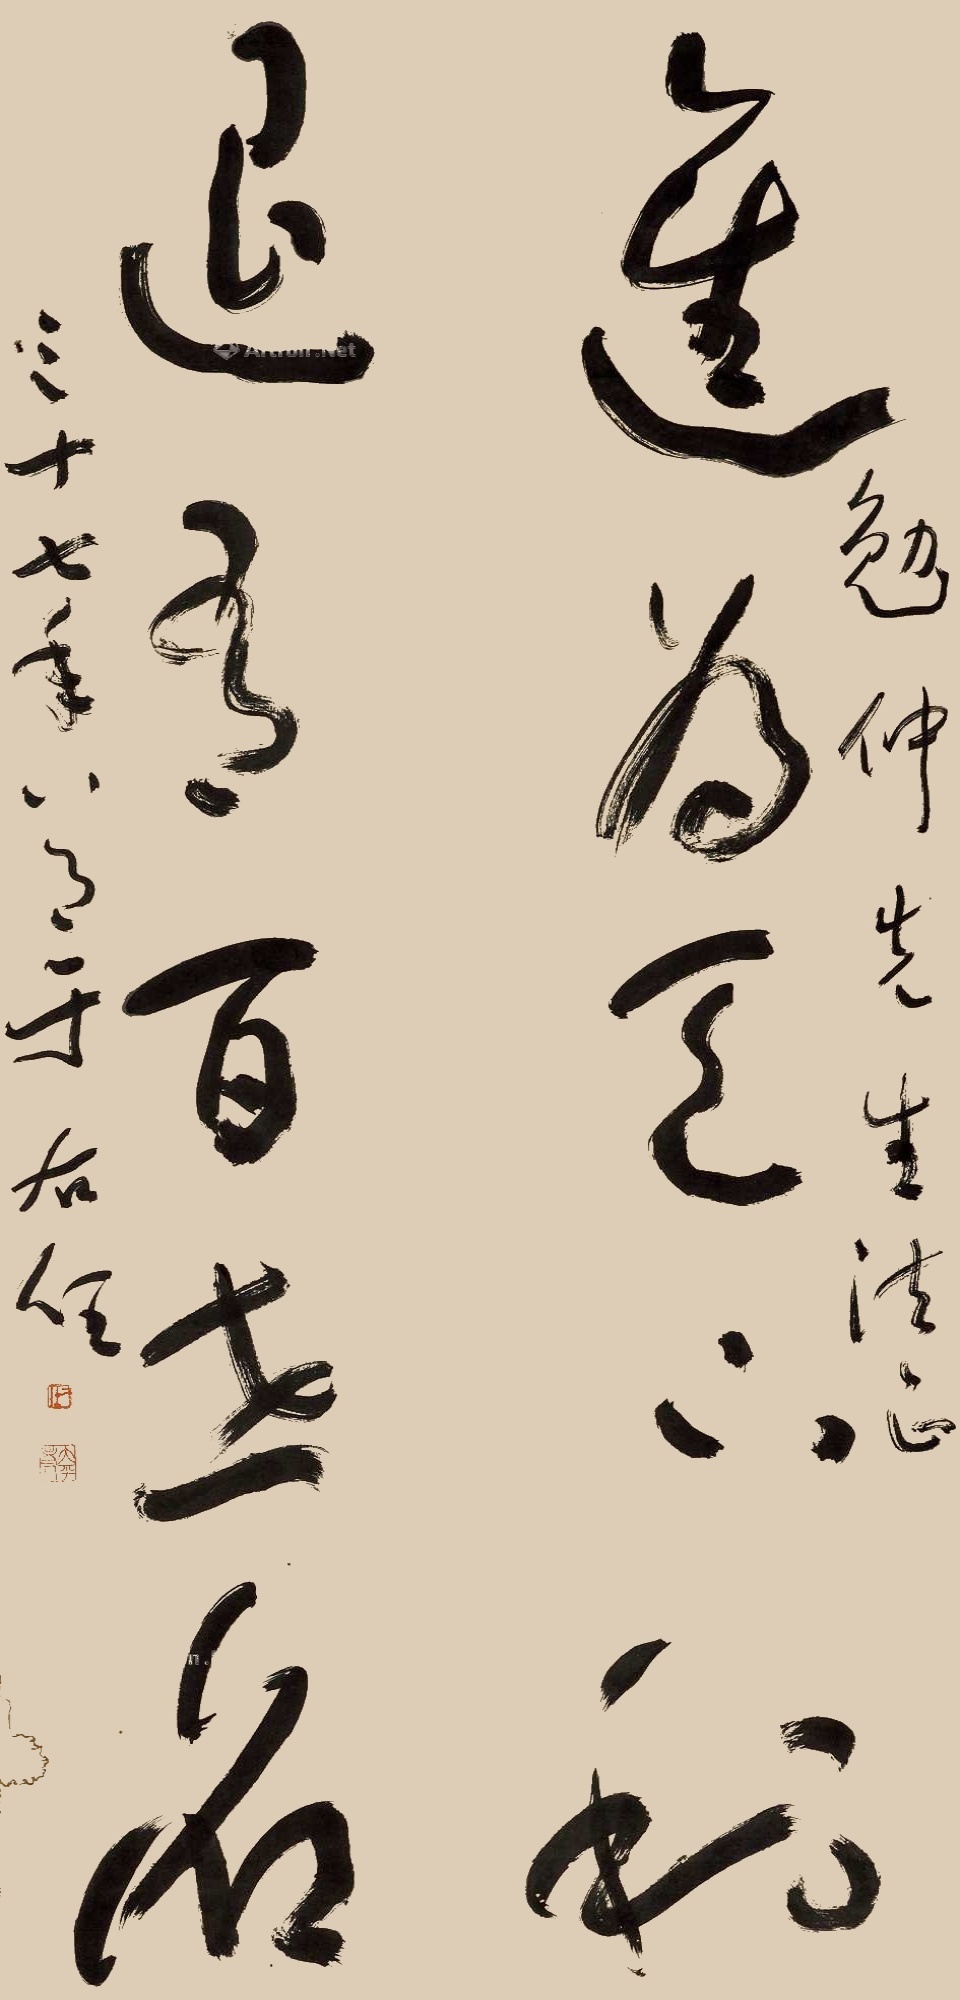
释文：进为天下利，退为百世名。勉仲先生法正，三十七年八月于右任。